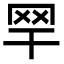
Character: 䍑